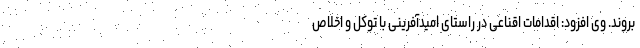
بروند. وی افزود: اقدامات اقناعی در راستای امیدآفرینی با توکل و اخلاص